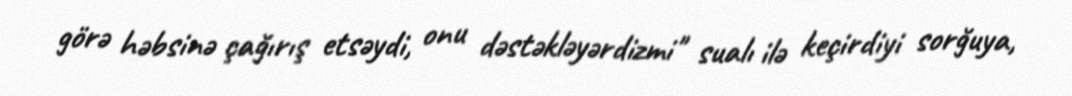
görə həbsinə çağırış etsəydi, onu dəstəkləyərdizmi" sualı ilə keçirdiyi sorğuya,